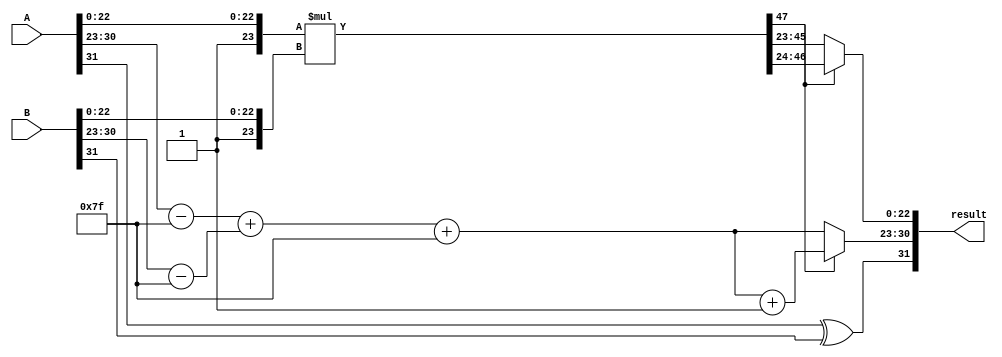
module floating_point_wallace_tree_multiplier (
    input [31:0] A, // Input A (IEEE 754 format)
    input [31:0] B, // Input B (IEEE 754 format)
    output reg [31:0] result // Result in IEEE 754 format
);

    // Extract sign, exponent, and mantissa
    wire signA = A[31];
    wire signB = B[31];
    
    wire [7:0] expA = A[30:23];
    wire [7:0] expB = B[30:23];
    
    wire [23:0] mantA = {1'b1, A[22:0]}; // Implicit leading 1
    wire [23:0] mantB = {1'b1, B[22:0]}; // Implicit leading 1
    
    // Normalize exponents by removing bias (127 for single precision)
    wire [7:0] normExpA = expA - 8'd127;
    wire [7:0] normExpB = expB - 8'd127;

    // Calculate the exponent for the result
    wire [7:0] expResult = normExpA + normExpB + 8'd127; // Add bias back

    // Mantissa multiplication using Wallace Tree (simplified for illustration)
    wire [47:0] mantProduct = mantA * mantB; // Will generate a 46-bit product

    // Encoding the result mantissa and possible normalization
    reg [23:0] mantResult;
    reg [7:0] finalExp;

    always @(*) begin
        // Assuming no need for normalization for simplicity, and directly taking upper bits of mantProduct
        mantResult = mantProduct[47:24]; // Truncate to 24 bits
        
        // Normalization check and adjustment (not fully implemented)
        if (mantProduct[47]) begin // If the result is larger than expected
            mantResult = mantProduct[47:24]; // Shift right happens outside this simplification
            finalExp = expResult + 1;
        end else begin
            mantResult = mantProduct[46:23];
            finalExp = expResult; // No shift needed
        end
    end

    // Final sign of the result
    wire resultSign = signA ^ signB; // XOR for sign bit

    // Assemble the result
    always @(*) begin
        result = {resultSign, finalExp, mantResult[22:0]}; // Remove implicit leading 1
    end

endmodule